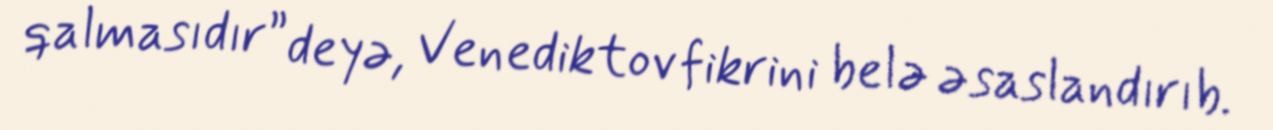
qalmasıdır” deyə, Venediktov fikrini belə əsaslandırıb.